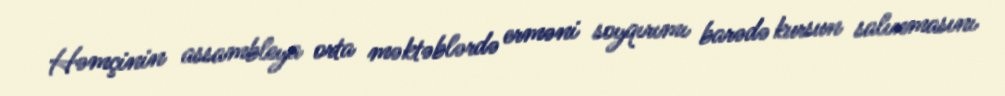
Həmçinin assambleya orta məktəblərdə erməni soyqırımı barədə kursun salınmasını